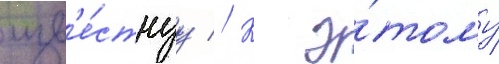
изв'е́стнуу // К э́тому